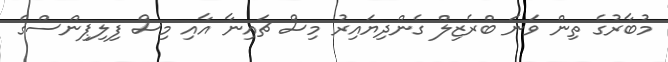
މުބާރުގެ ތިން ވަނަ ބްރެޒިލް ގެންދިޔައިރު މިސް ޗައިނާ އާއި މިސް ފިލިޕިންސްގެ